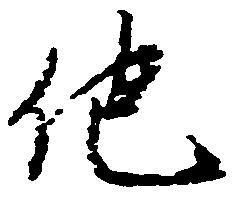
他